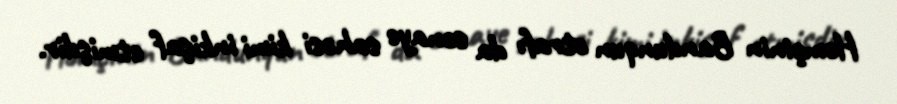
Həmçinin Bandunqun ətrafı da sənaye sahəsi kimi inkişaf etmişdir.